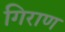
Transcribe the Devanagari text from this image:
गिराण